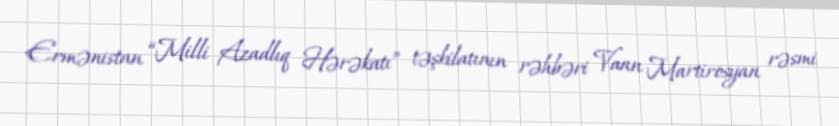
Ermənistan “Milli Azadlıq Hərəkatı” təşkilatının rəhbəri Vaan Martirosyan rəsmi